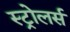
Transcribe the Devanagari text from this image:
स्ट्रोलर्स